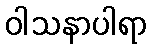
ဝါသနာပါရာ